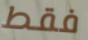
فقط